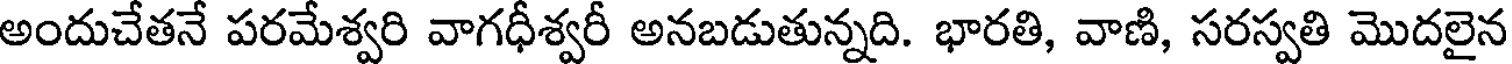
అందుచేతనే పరమేశ్వరి వాగధీశ్వరీ అనబడుతున్నది. భారతి, వాణి, సరస్వతి మొదలైన